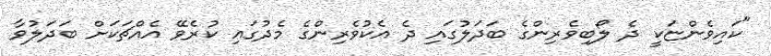
"ކައިވެންޏަކީ ދެ ލޯބިވެރިންގެ ބަދަލުގައި ދެ އެކުވެރިންގެ މެދުގައި ކުރެވޭ އެއްޗަކަށް ބަދަލުވާ